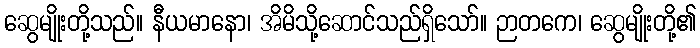
ဆွေမျိုးတို့သည်။ နီယမာနော၊ အိမိသို့ဆောင်သည်ရှိသော်။ ဉာတကေ၊ ဆွေမျိုးတို့၏